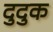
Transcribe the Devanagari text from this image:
दुदुक